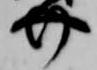
介